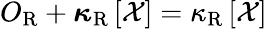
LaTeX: O_{\mathrm{R}}+\boldsymbol{\kappa}_{\mathrm{R}}\left[\mathcal{X}\right]=\kappa_{\mathrm{R}}\left[\mathcal{X}\right]